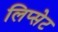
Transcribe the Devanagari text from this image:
लिप्सेट